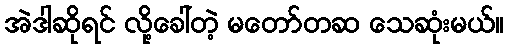
အဲဒါဆိုရင် လို့ခေါ်တဲ့ မတော်တဆ သေဆုံးမယ်။